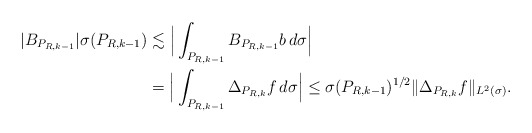
\begin{align*}|B_{P_{R,k-1}}| \sigma(P_{R,k-1}) &\lesssim \Big| \int_{P_{R,k-1}} B_{P_{R,k-1}} b\,d\sigma\Big| \\&= \Big|\int_{P_{R,k-1}} \Delta_{P_{R,k}} f\,d\sigma\Big| \le \sigma(P_{R,k-1})^{1/2} \| \Delta_{P_{R,k}} f\|_{L^2(\sigma)}.\end{align*}